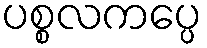
ပစ္စလကပ္ပေ